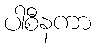
ပါစီနကာ